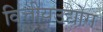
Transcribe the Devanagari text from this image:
वित्तीयउद्योग